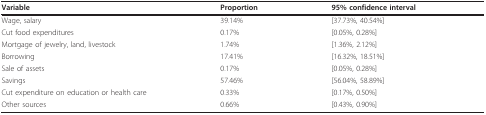
<table><thead><tr><td><b>Variable</b></td><td><b>Proportion</b></td><td><b>95% confidence interval</b></td></tr></thead><tbody><tr><td>Wage, salary</td><td>39.14%</td><td>[37.73%, 40.54%]</td></tr><tr><td>Cut food expenditures</td><td>0.17%</td><td>[0.05%, 0.28%]</td></tr><tr><td>Mortgage of jewelry, land, livestock</td><td>1.74%</td><td>[1.36%, 2.12%]</td></tr><tr><td>Borrowing</td><td>17.41%</td><td>[16.32%, 18.51%]</td></tr><tr><td>Sale of assets</td><td>0.17%</td><td>[0.05%, 0.28%]</td></tr><tr><td>Savings</td><td>57.46%</td><td>[56.04%, 58.89%]</td></tr><tr><td>Cut expenditure on education or health care</td><td>0.33%</td><td>[0.17%, 0.50%]</td></tr><tr><td>Other sources</td><td>0.66%</td><td>[0.43%, 0.90%]</td></tr></tbody></table>